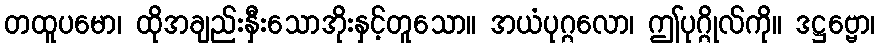
တထူပမော၊ ထိုအချည်းနှီးသောအိုးနှင့်တူသော။ အယံပုဂ္ဂလော၊ ဤပုဂ္ဂိုလ်ကို။ ဒဋ္ဌဗ္ဗော၊